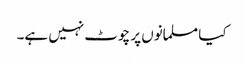
کیا مسلمانوں پر چوٹ نہیں ہے۔